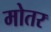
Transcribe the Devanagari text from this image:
मोतर